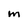
Character: m